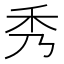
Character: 秀